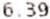
6.39